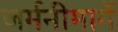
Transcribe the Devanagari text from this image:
जर्मनीमार्गे